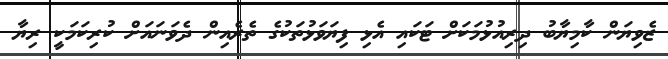
ޒެވިޔަން ކާމިޔާބު ދިރިއުޅުމަކަށް ޓަކައި އެޅި ފިޔަވަޅުތަކުގެ ތެރެއިން ދެވަނައަށް ކުރިކަމަކީ ރިޔާ